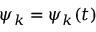
\psi _ { k } = \psi _ { k } ( t )